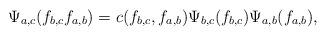
\begin{align*}\Psi_{a,c}(f_{b,c}f_{a,b}) =c(f_{b,c},f_{a,b})\Psi_{b,c}(f_{b,c})\Psi_{a,b}(f_{a,b}),\end{align*}